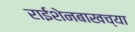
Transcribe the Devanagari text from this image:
राईशेनबाखच्या